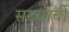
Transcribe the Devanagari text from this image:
सख्याची